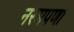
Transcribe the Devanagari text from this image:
नरमपणा